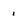
Character: i